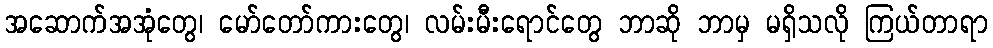
အဆောက်အအုံတွေ၊ မော်တော်ကားတွေ၊ လမ်းမီးရောင်တွေ ဘာဆို ဘာမှ မရှိသလို ကြယ်တာရာ